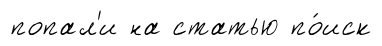
попал'и на статью по́иск